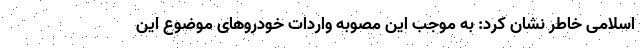
اسلامی خاطر نشان کرد: به موجب این مصوبه واردات خودروهای موضوع این